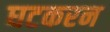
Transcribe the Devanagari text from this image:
घटकरन